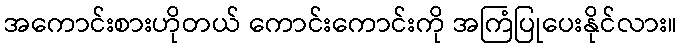
အကောင်းစားဟိုတယ် ကောင်းကောင်းကို အကြံပြုပေးနိုင်လား။